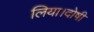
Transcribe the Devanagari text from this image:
लिया।दोषी